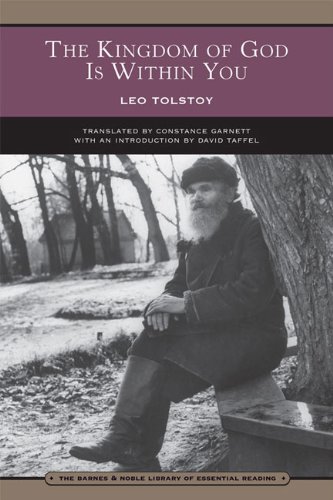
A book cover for The Kingdom of God Is Within You: Christianity not as a mystic religion but as a new theory of life; Leo Tolstoy; Politics & Social Sciences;